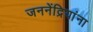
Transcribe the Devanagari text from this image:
जननेंद्रियांना